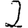
Digit: 2